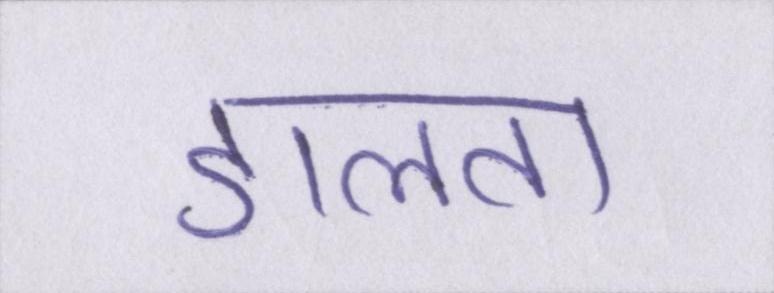
डालता